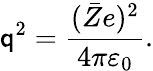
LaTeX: \mathsf{q}^{2}=\frac{{(\bar{{Z}}e)^{2}}}{{4\pi\varepsilon_{0}}}.